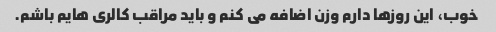
خوب، این روزها دارم وزن اضافه می کنم و باید مراقب کالری هایم باشم.